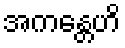
အကန္တေဟိ